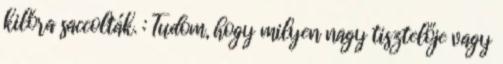
kilóra saccolták. : Tudom, hogy milyen nagy tisztelője vagy